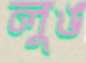
লুঙ